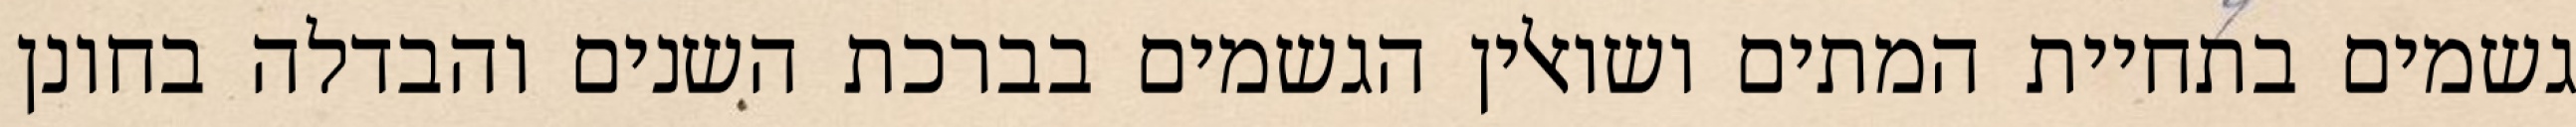
גשמים בתחיית המתים ושואלין הגשמים בברכת השנים והבדלה בחונן